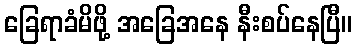
ခြေရာခံမိဖို့ အခြေအနေ နီးစပ်နေပြီ။